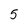
Character: 5